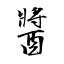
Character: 醬